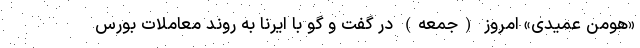
«هومن عمیدی» امروز (جمعه) در گفت و گو با ایرنا به روند معاملات بورس